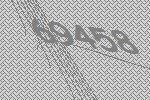
69458